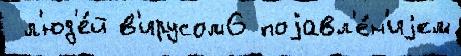
 л'юд'е́й в'ирусом6 поjавл'е́н'иjем